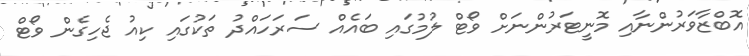
އޮބްޒާވަރުންނާއި މޮނީޓަރުންނަށް ވޯޓް ލުމުގައި ބައެއް ސަރަހައްދު ތަކުގައި ކިއު ޖެހިގެން ވޯޓް